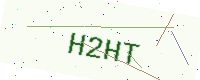
Text: H2HT